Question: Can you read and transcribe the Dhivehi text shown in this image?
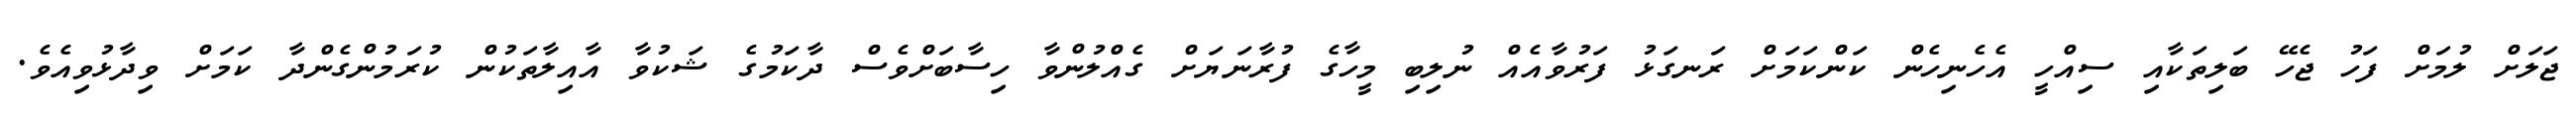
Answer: ޖަލަށް ލުމަށް ފަހު ޖެހޭ ބަލިތަކާއި ސިއްހީ އެހެނިހެން ކަންކަމަށް ރަނގަޅު ފަރުވާއެއް ނުލިބި މީހާގެ ފުރާނަޔަށް ގެއްލުންވާ ހިސާބަށްވެސް ދާކަމުގެ ޝަކުވާ އާއިލާތަކުން ކުރަމުންގެންދާ ކަމަށް ވިދާޅުވިއެވެ.